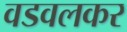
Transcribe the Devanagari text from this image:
वडवलकर